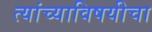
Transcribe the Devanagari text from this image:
त्यांच्याविषयीचा